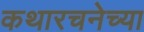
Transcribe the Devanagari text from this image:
कथारचनेच्या